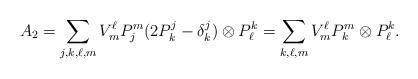
LaTeX: \begin{align*}A_2 = \sum_{j, k, \ell, m} V^\ell_m P^m_j (2 P^j_k - \delta^j_k) \otimes P^k_\ell = \sum_{k, \ell, m} V^\ell_m P^m_k \otimes P^k_\ell.\end{align*}